Problem: 33 + 12 = ?
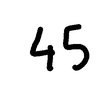
Handwritten answer: 45